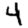
Digit: 4